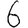
Digit: 6